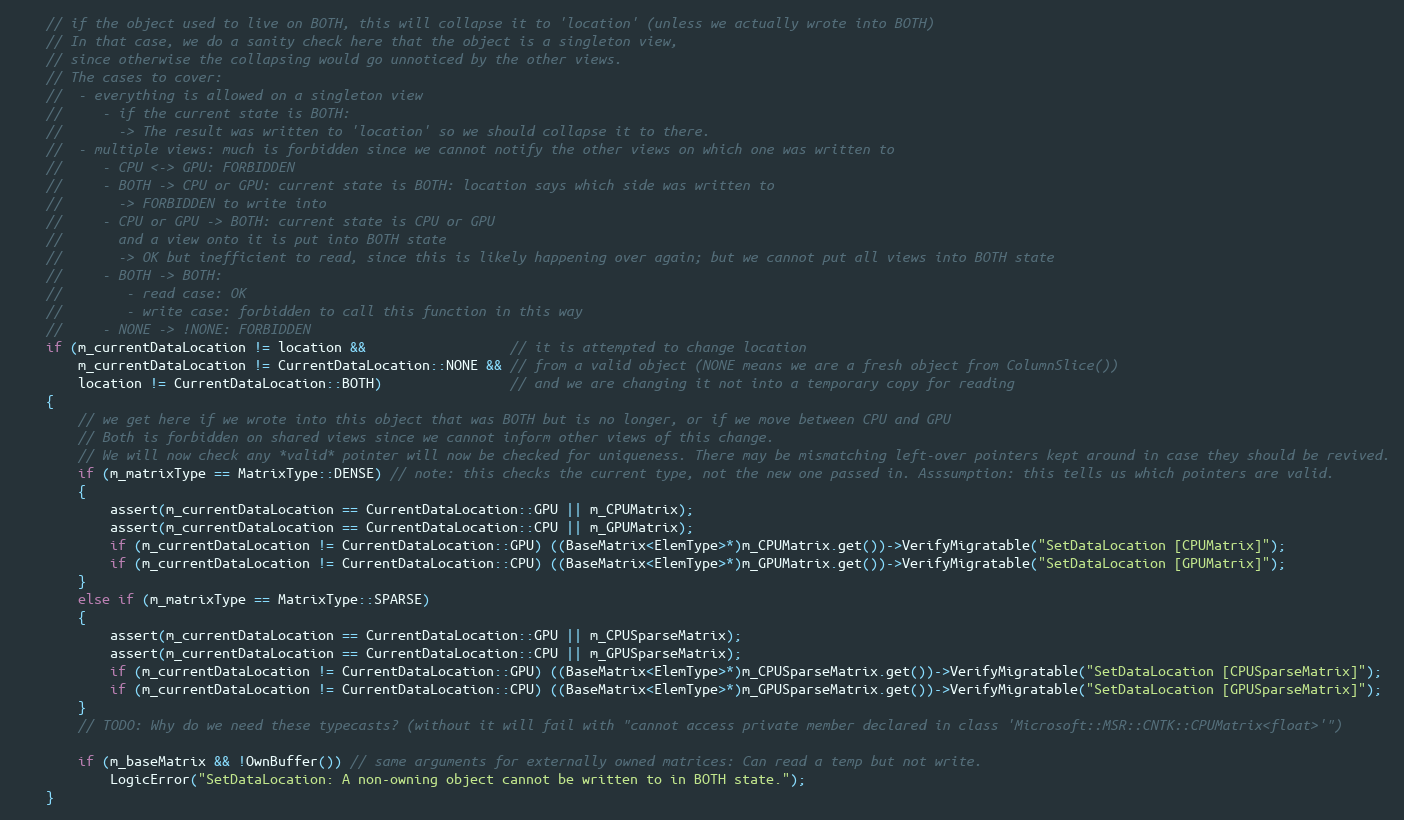
Language: C++
    // if the object used to live on BOTH, this will collapse it to 'location' (unless we actually wrote into BOTH)
    // In that case, we do a sanity check here that the object is a singleton view,
    // since otherwise the collapsing would go unnoticed by the other views.
    // The cases to cover:
    //  - everything is allowed on a singleton view
    //     - if the current state is BOTH:
    //       -> The result was written to 'location' so we should collapse it to there.
    //  - multiple views: much is forbidden since we cannot notify the other views on which one was written to
    //     - CPU <-> GPU: FORBIDDEN
    //     - BOTH -> CPU or GPU: current state is BOTH: location says which side was written to
    //       -> FORBIDDEN to write into
    //     - CPU or GPU -> BOTH: current state is CPU or GPU
    //       and a view onto it is put into BOTH state
    //       -> OK but inefficient to read, since this is likely happening over again; but we cannot put all views into BOTH state
    //     - BOTH -> BOTH:
    //        - read case: OK
    //        - write case: forbidden to call this function in this way
    //     - NONE -> !NONE: FORBIDDEN
    if (m_currentDataLocation != location &&                  // it is attempted to change location
        m_currentDataLocation != CurrentDataLocation::NONE && // from a valid object (NONE means we are a fresh object from ColumnSlice())
        location != CurrentDataLocation::BOTH)                // and we are changing it not into a temporary copy for reading
    {
        // we get here if we wrote into this object that was BOTH but is no longer, or if we move between CPU and GPU
        // Both is forbidden on shared views since we cannot inform other views of this change.
        // We will now check any *valid* pointer will now be checked for uniqueness. There may be mismatching left-over pointers kept around in case they should be revived.
        if (m_matrixType == MatrixType::DENSE) // note: this checks the current type, not the new one passed in. Asssumption: this tells us which pointers are valid.
        {
            assert(m_currentDataLocation == CurrentDataLocation::GPU || m_CPUMatrix);
            assert(m_currentDataLocation == CurrentDataLocation::CPU || m_GPUMatrix);
            if (m_currentDataLocation != CurrentDataLocation::GPU) ((BaseMatrix<ElemType>*)m_CPUMatrix.get())->VerifyMigratable("SetDataLocation [CPUMatrix]");
            if (m_currentDataLocation != CurrentDataLocation::CPU) ((BaseMatrix<ElemType>*)m_GPUMatrix.get())->VerifyMigratable("SetDataLocation [GPUMatrix]");
        }
        else if (m_matrixType == MatrixType::SPARSE)
        {
            assert(m_currentDataLocation == CurrentDataLocation::GPU || m_CPUSparseMatrix);
            assert(m_currentDataLocation == CurrentDataLocation::CPU || m_GPUSparseMatrix);
            if (m_currentDataLocation != CurrentDataLocation::GPU) ((BaseMatrix<ElemType>*)m_CPUSparseMatrix.get())->VerifyMigratable("SetDataLocation [CPUSparseMatrix]");
            if (m_currentDataLocation != CurrentDataLocation::CPU) ((BaseMatrix<ElemType>*)m_GPUSparseMatrix.get())->VerifyMigratable("SetDataLocation [GPUSparseMatrix]");
        }
        // TODO: Why do we need these typecasts? (without it will fail with "cannot access private member declared in class 'Microsoft::MSR::CNTK::CPUMatrix<float>'")

        if (m_baseMatrix && !OwnBuffer()) // same arguments for externally owned matrices: Can read a temp but not write.
            LogicError("SetDataLocation: A non-owning object cannot be written to in BOTH state.");
    }